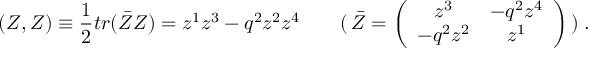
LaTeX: ( Z , Z ) \equiv \frac { 1 } { 2 } t r ( \bar { Z } Z ) = z ^ { 1 } z ^ { 3 } - q ^ { 2 } z ^ { 2 } z ^ { 4 } \qquad ( \, \bar { Z } = \left( \begin{array} { c c } { { z ^ { 3 } } } & { { - q ^ { 2 } z ^ { 4 } } } \\ { { - q ^ { 2 } z ^ { 2 } } } & { { z ^ { 1 } } } \end{array} \right) \, ) \; .